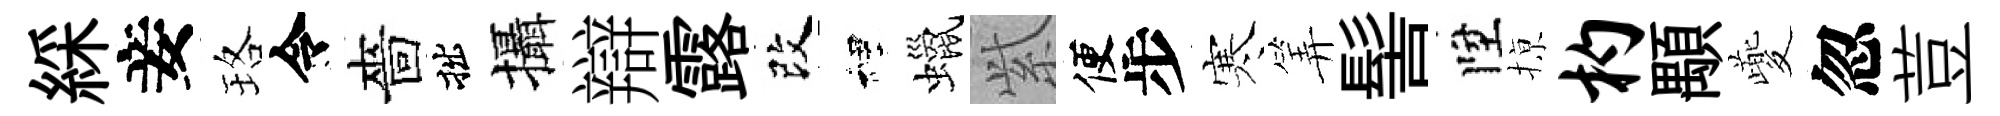
綵妾珞令嗇拙攝辯露改裡蠟𬗋便步寒筭髻陞𢱊杓顒夔忽荳